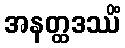
အနတ္ထဒဿိံ